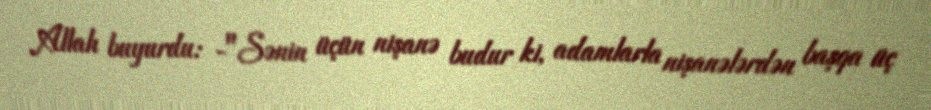
Allah buyurdu: -"Sənin üçün nişanə budur ki, adamlarla nişanələrdən başqa üç